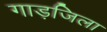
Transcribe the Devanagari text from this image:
गाड़जिला